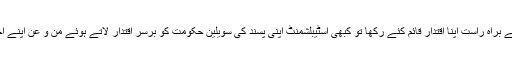
کبھی فوج نے مارشل لاء لگاتےہوئے براہ راست اپنا اقتدار قائم کئے رکھا تو کبھی اسٹیبلشمنٹ اپنی پسند کی سویلین حکومت کو برسر اقتدار لاتے ہوئے من و عن اپنے احکامات کی تعمیل کرواتی رہی ہے۔